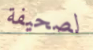
لصحيفة